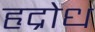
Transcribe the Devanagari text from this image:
हृद्रोध